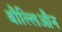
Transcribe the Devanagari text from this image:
बौल्लिऔन